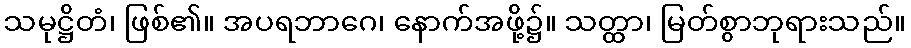
သမုဋ္ဌိတံ၊ ဖြစ်၏။ အပရဘာဂေ၊ နောက်အဖို့၌။ သတ္ထာ၊ မြတ်စွာဘုရားသည်။